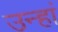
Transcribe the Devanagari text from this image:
उन्हां